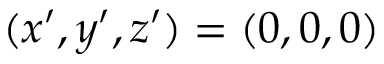
( x ^ { \prime } , y ^ { \prime } , z ^ { \prime } ) = ( 0 , 0 , 0 )